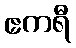
ဧကရီ